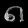
Digit: ၈